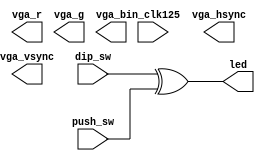
// This program was cloned from: https://github.com/ryuz/jelly
// License: MIT License



`timescale 1ns / 1ps
`default_nettype none


module zybo_sw
        (
            input   wire            in_clk125,
            
            output  wire            vga_hsync,
            output  wire            vga_vsync,
            output  wire    [4:0]   vga_r,
            output  wire    [5:0]   vga_g,
            output  wire    [4:0]   vga_b,
            
            input   wire    [3:0]   push_sw,
            input   wire    [3:0]   dip_sw,
            output  wire    [3:0]   led
        );
    
    
    assign led = dip_sw ^ push_sw;
    
    
endmodule


`default_nettype wire


// endof file